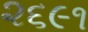
૨૬૯૧